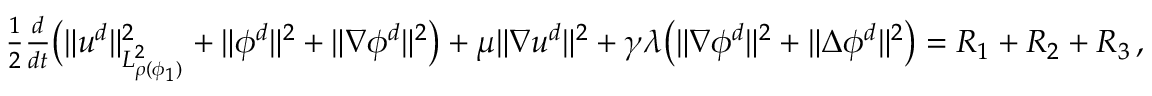
\begin{array} { r } { \frac { 1 } { 2 } \frac { d } { d t } \big ( \| u ^ { d } \| _ { L _ { \rho ( \phi _ { 1 } ) } ^ { 2 } } ^ { 2 } + \| \phi ^ { d } \| ^ { 2 } + \| \nabla \phi ^ { d } \| ^ { 2 } \big ) + \mu \| \nabla u ^ { d } \| ^ { 2 } + \gamma \lambda \big ( \| \nabla \phi ^ { d } \| ^ { 2 } + \| \Delta \phi ^ { d } \| ^ { 2 } \big ) = R _ { 1 } + R _ { 2 } + R _ { 3 } \, , } \end{array}